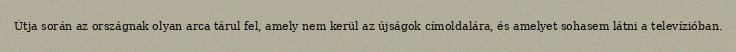
Útja során az országnak olyan arca tárul fel, amely nem kerül az újságok címoldalára, és amelyet sohasem látni a televízióban.